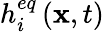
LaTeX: {h_{i}^{eq}\left({{\mathbf{x}},t}\right)}